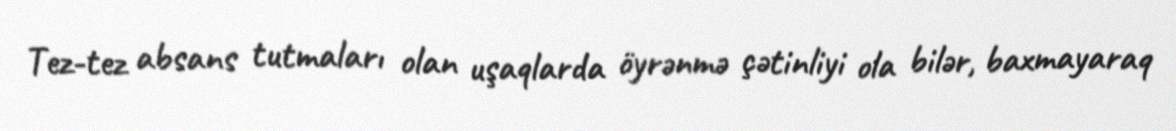
Tez-tez absans tutmaları olan uşaqlarda öyrənmə çətinliyi ola bilər, baxmayaraq